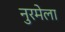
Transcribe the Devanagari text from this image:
नुरमेला